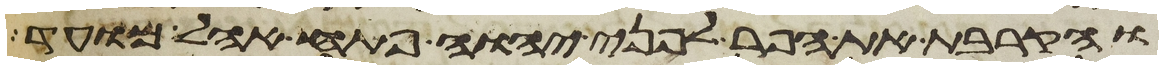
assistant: והקרבת את הפר לפני יהוה פתח אהל מועד